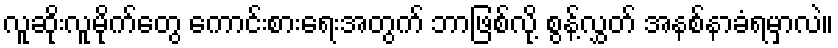
လူဆိုးလူမိုက်တွေ ကောင်းစားရေးအတွက် ဘာဖြစ်လို့ စွန့်လွှတ် အနစ်နာခံရမှာလဲ။